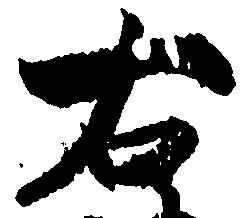
右